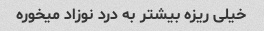
خیلی ریزه بیشتر به درد نوزاد میخوره